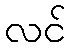
လင်